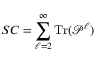
S C = \sum _ { \ell = 2 } ^ { \infty } \mathrm { T r } ( \mathbf { \mathcal { P } } ^ { \ell } )